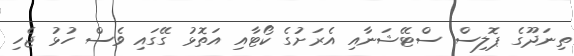
ތިނަދޫގެ ޕޮލިސް ސްޓޭޝަނާއި އެރަށުގެ ކޯޓާއި އަތޮޅު ގޭގައި ވެސް ހުޅު ޖެހި